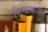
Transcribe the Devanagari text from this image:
सिमल्यातील